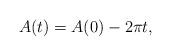
LaTeX: \begin{align*} A(t)=A(0)-2\pi t,\end{align*}